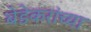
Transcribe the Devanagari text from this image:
बेडेकरांच्या